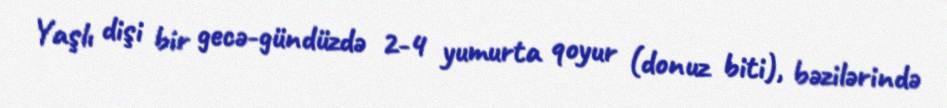
Yaşlı dişi bir gecə-gündüzdə 2-4 yumurta qoyur (donuz biti), bəzilərində